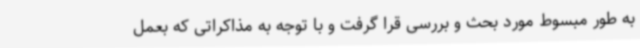
به طور مبسوط مورد بحث و بررسی قرا گرفت و با توجه به مذاکراتی که بعمل